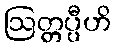
ဩတ္တပ္ပီဟိ